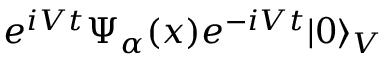
e ^ { i V t } \Psi _ { \alpha } ( x ) e ^ { - i V t } \rvert 0 \rangle _ { V }